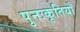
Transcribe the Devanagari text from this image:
पुनःकृतियाँ